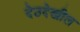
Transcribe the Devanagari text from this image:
देठदेखील